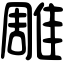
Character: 雕